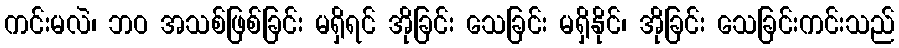
ကင်းမလဲ၊ ဘဝ အသစ်ဖြစ်ခြင်း မရှိရင် အိုခြင်း သေခြင်း မရှိနိုင်၊ အိုခြင်း သေခြင်းကင်းသည်